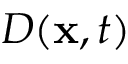
D ( \mathbf { x } , t )